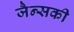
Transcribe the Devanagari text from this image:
जैन्सकी